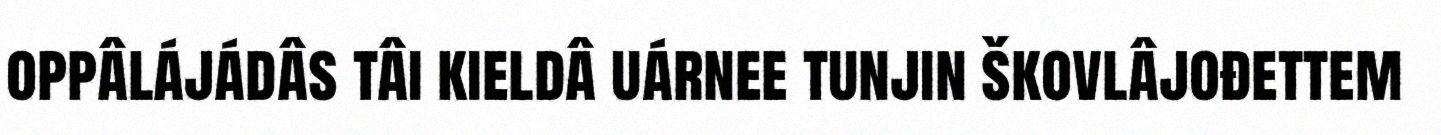
oppâlájádâs tâi kieldâ uárnee tunjin škovlâjođettem